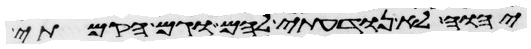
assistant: יהוה לא נודעתי להם וגם הקמתי